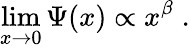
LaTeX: \operatorname*{lim}_{x\to 0}\Psi(x)\propto x^{\beta}\; .